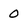
Character: 0